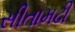
સીતામઢી